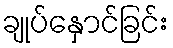
ချုပ်နှောင်ခြင်း